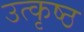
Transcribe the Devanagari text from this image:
उत्‍कृष्‍ठ